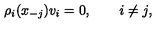
\rho _ { i } ( x _ { - j } ) v _ { i } = 0 , \qquad i \ne j ,